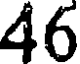
46